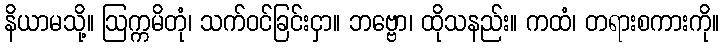
နိယာမသို့။ ဩက္ကမိတုံ၊ သက်ဝင်ခြင်းငှာ။ ဘဗ္ဗော၊ ထိုသနည်း။ ကထံ၊ တရားစကားကို။